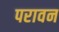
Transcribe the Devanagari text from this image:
परावन